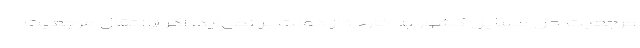
مرجعیت حل مسایل کشور به خارج» از دولت بر نمی‌آید. اگر «انتقال مرجعیت